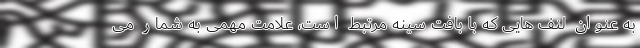
به عنوان لنف هایی که با بافت سینه مرتبط است، علامت مهمی به شمار می